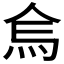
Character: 𱪷